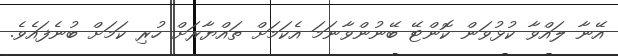
އޭނާ ލައްވާ ކުޅުވަން ކޮންޓޭ ބޭނުންވާނަމަ އެކަމަށް ތައްޔާރަށް ހުރި ކަމަށް ބުނެފައެވެ.